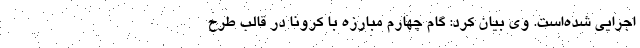
اجرایی شده‌است. وی بیان کرد: گام چهارم مبارزه با کرونا در قالب طرح